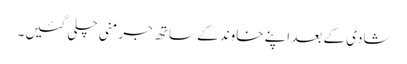
شادی کے بعد اپنے خاوند کے ساتھ جرمنی چلی گئیں۔